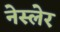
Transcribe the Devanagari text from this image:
नेस्लेर